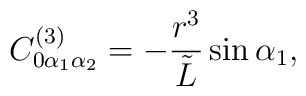
C^{(3)}_{0\alpha_1\alpha_2}=-\frac{r^3}{{\tilde L}}\sin{\alpha_1},